Report of the Bombay Plague Committee
Disease focus: Plague
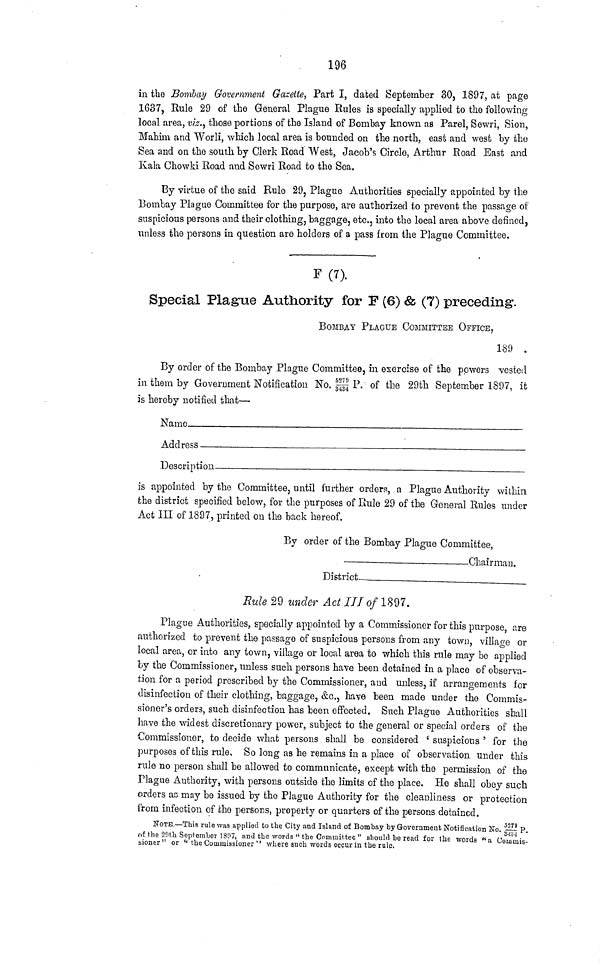
196
in the Bombay Government Gazette, Part I, dated September 30, 1897, at page
1637, Rule 29 of the General Plague Rules is specially applied to the following
local area, viz., those portions of the Island of Bombay known as Parel, Sewri, Sion,
Mahim and Worli, which local area is bounded on the north, east and west by the
Sea and on the south by Clerk Road West, Jacob's Circle, Arthur Road East and
Kala Ghowki Road and Sewri Road to the Sea.
By virtue of the said Rule 29, Plague Authorities specially appointed by the
Bombay Plague Committee for the purpose, are authorized to prevent the passage of
suspicious persons and their clothing, baggage, etc., into the local area above defined,
unless the persons in question are holders of a pass from the Plague Committee.
F (7).
Special Plague Authority for F (6) & (7) preceding.
BOMBAY PLAGUE COMMITTEE OFFICE,
189
By order of the Bombay Plague Committee, in exercise of the powers vested
in them by Government Notification No.5279/3434 P. of the 29th September 1897, it
is hereby notified that—·
Name.—_
Address
Description
is appointed by the Committee, until further orders, a Plague Authority within
the district specified below, for the purposes of Rule 29 of the General Rules under
Act III of 1897, printed on the back hereof.
By order of the Bombay Plague Committee,
Chairman.
District__
.....
Rule 29 under Act ITT of 1897.
Plague Authorities, specially appointed by a Commissioner for this purpose, are
authorized to prevent the passage of suspicious persons from any town, village or
local area, or into any town, village or local area to which this rule may be applied
by the Commissioner, unless such persons have been detained in a place of observa-
tion for a period prescribed by the Commissioner, and unless, if arrangements for
disinfection of their clothing, baggage, &c., have been made under the Commis-
sioner's orders, such disinfection has been effected. Such Plague Authorities shall
have the widest discretionary power, subject to the general or special orders of the
Commissioner, to decide what persons shall be considered ' suspicious ' for the
purposes of this rule. So long as he remains in a place of observation under this
rule no person shall be allowed to communicate, except with the permission of the
Plague Authority, with persons outside the limits of the place. He shall obey such
orders as may be issued by the Plague Authority for the cleanliness or protection
from infection of the persons, property or quarters of the persons detained.
NOTE.—This rule was applied to the City and Island of Bombay by Government Notification No. —[- P.
ου the 20tl·. September 1897, and the words " the Committee " should be read for the words "a Commis-
sioner " or " the Commissioner '' where such words occur in the rule,